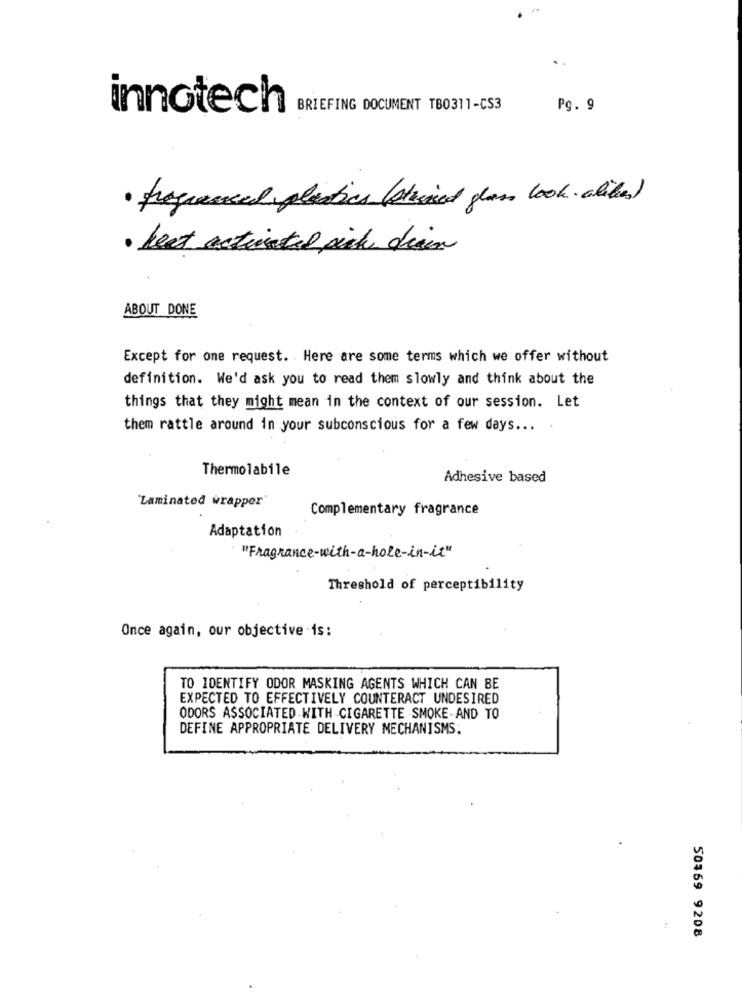
innotech
BRIEFING DOCUMENT TB0311-CS3
Pg. 9
· progressed plastics (stained glass look alikes)
· heat activated pick drain
ABOUT DONE
Except for one request. Here are some terms which we offer without
definition. We'd ask you to read them slowly and think about the
things that they might mean in the context of our session. Let
them rattle around in your subconscious for a few days ...
Thermolabile
Adhesive based
Laminated wrapper'
Complementary fragrance
Adaptation
"Fragrance-with-a-hole-in-it"
Threshold of perceptibility
Once again, our objective is :
TO IDENTIFY ODOR MASKING AGENTS WHICH CAN BE
EXPECTED TO EFFECTIVELY COUNTERACT UNDESIRED
ODORS ASSOCIATED WITH CIGARETTE SMOKE-AND TO
DEFINE APPROPRIATE DELIVERY MECHANISMS.
50469 9208